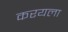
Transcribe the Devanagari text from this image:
करयला